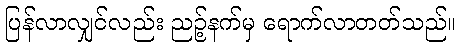
ပြန်လာလျှင်လည်း ညဉ့်နက်မှ ရောက်လာတတ်သည်။